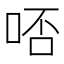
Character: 𠳝